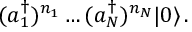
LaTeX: ( a _ { 1 } ^ { \dagger } ) ^ { n _ { 1 } } \ldots ( a _ { N } ^ { \dagger } ) ^ { n _ { N } } | 0 \rangle \, .